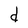
Character: d